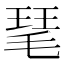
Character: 𤦖